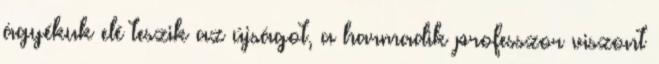
ágyékuk elé teszik az újságot, a harmadik professzor viszont